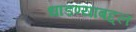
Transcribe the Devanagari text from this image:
धाडण्याबद्दल